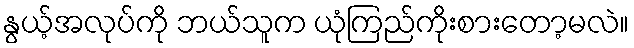
နွယ့်အလုပ်ကို ဘယ်သူက ယုံကြည်ကိုးစားတော့မလဲ။